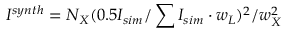
I ^ { s y n t h } = N _ { X } ( 0 . 5 I _ { s i m } / \sum { I _ { s i m } } \cdot w _ { L } ) ^ { 2 } / w _ { X } ^ { 2 }